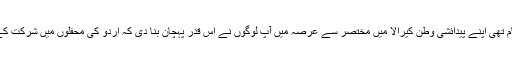
زُلیخا حسین جو کبھی گمنام تھی اپنے پیدائشی وطن کیرالا میں مختصر سے عرصہ میں آپ لوگوں نے اس قدر پہچان بنا دی کہ اُردو کی محفلوں میں شرکت کے لیے دعوتیں ملنے لگیں۔